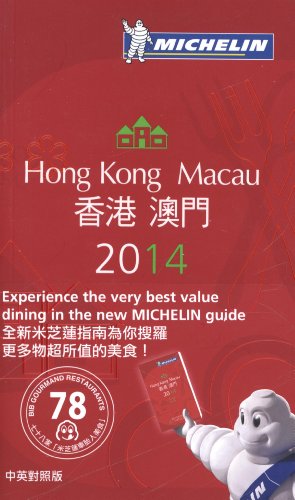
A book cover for MICHELIN Guide Hong Kong & Macau 2014 (Michelin Guide/Michelin); Michelin; Travel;